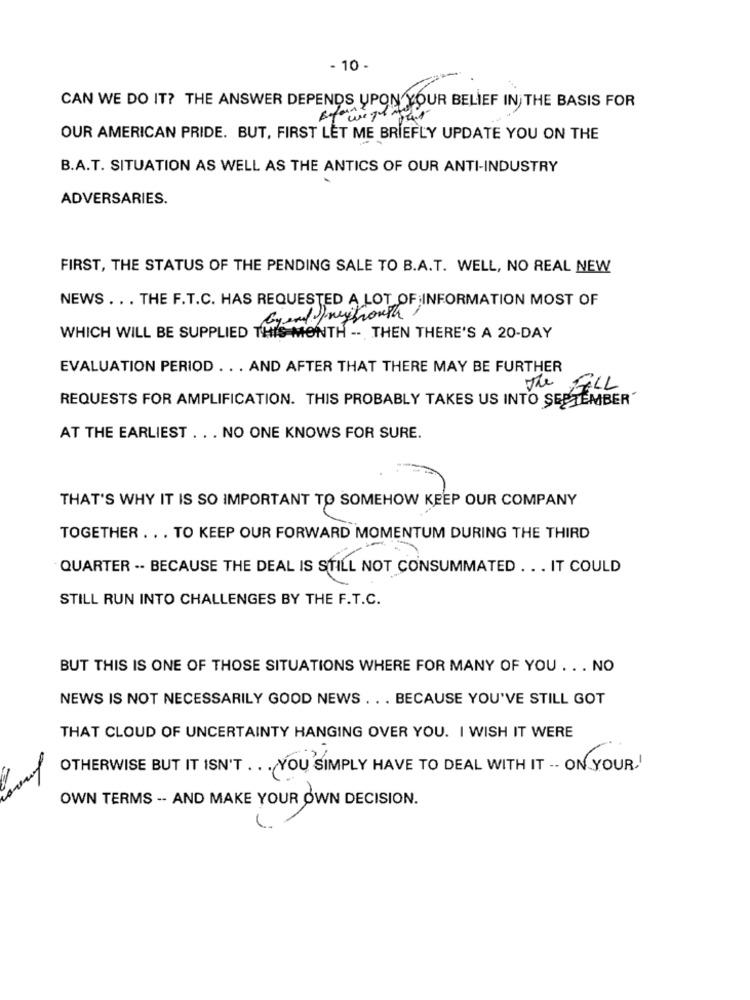
- 10 -
CAN WE DO IT? THE ANSWER DEPENDS UPON YOUR BELIEF IN THE BASIS FOR
OUR AMERICAN PRIDE. BUT, FIRST LET ME BRIEFLY UPDATE YOU ON THE
B.A.T. SITUATION AS WELL AS THE ANTICS OF OUR ANTI-INDUSTRY
ADVERSARIES.
FIRST, THE STATUS OF THE PENDING SALE TO B.A.T. WELL, NO REAL NEW
NEWS . .. THE F.T.C. HAS REQUESTED A LOT OF INFORMATION MOST OF
Gend rysouth
WHICH WILL BE SUPPLIED THIS MONTH -- THEN THERE'S A 20-DAY
EVALUATION PERIOD .. . AND AFTER THAT THERE MAY BE FURTHER
The FELL
REQUESTS FOR AMPLIFICATION. THIS PROBABLY TAKES US INTO SEPTEMBER
AT THE EARLIEST ... NO ONE KNOWS FOR SURE.
THAT'S WHY IT IS SO IMPORTANT TO SOMEHOW KEEP OUR COMPANY
TOGETHER . .. TO KEEP OUR FORWARD MOMENTUM DURING THE THIRD
QUARTER .. BECAUSE THE DEAL IS STILL NOT CONSUMMATED . .. IT COULD
STILL RUN INTO CHALLENGES BY THE F.T.C.
BUT THIS IS ONE OF THOSE SITUATIONS WHERE FOR MANY OF YOU . . . NO
NEWS IS NOT NECESSARILY GOOD NEWS . .. BECAUSE YOU'VE STILL GOT
THAT CLOUD OF UNCERTAINTY HANGING OVER YOU. I WISH IT WERE
OTHERWISE BUT IT ISN'T ... YOU SIMPLY HAVE TO DEAL WITH IT -- ON YOUR !
OWN TERMS -- AND MAKE YOUR OWN DECISION.